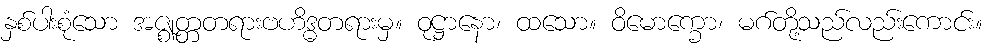
နှစ်ပါးစုံသော အဇ္ဈတ္တတရားဗဟိဒ္ဓတရားမှ။ ဝုဋ္ဌာနော၊ ထသော။ ဝိမောက္ခော၊ မဂ်တို့သည်လည်းကောင်း။